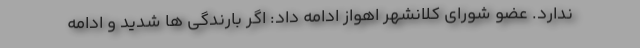
ندارد. عضو شورای کلانشهر اهواز ادامه داد: اگر بارندگی ها شدید و ادامه